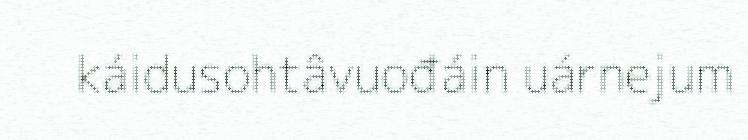
káidusohtâvuođáin uárnejum